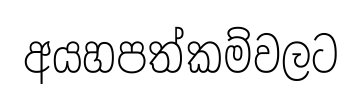
අයහපත්කම්වලට